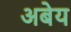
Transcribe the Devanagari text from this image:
अबेय